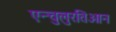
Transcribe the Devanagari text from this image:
एन्चुलुरतिओन